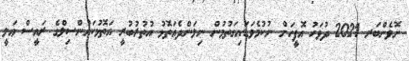
ނޮވެންބަރ 2021 ދުވަހު އޮފީހަށް ނުކުމެވަޑައިގަތުމުން ނިލަންދެއަތޮޅު އުތުރުބުރީ އަތޮޅުކައުންސިލްގެ ރައީސް ޢަލީ